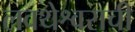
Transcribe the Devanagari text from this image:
लवथेश्वराची